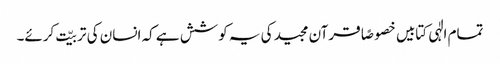
تمام الٰہی کتابیں خصوصًا قرآن مجید کی یہ کوشش ہے کہ انسان کی تربیّت کرئے۔